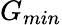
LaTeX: G_{min}